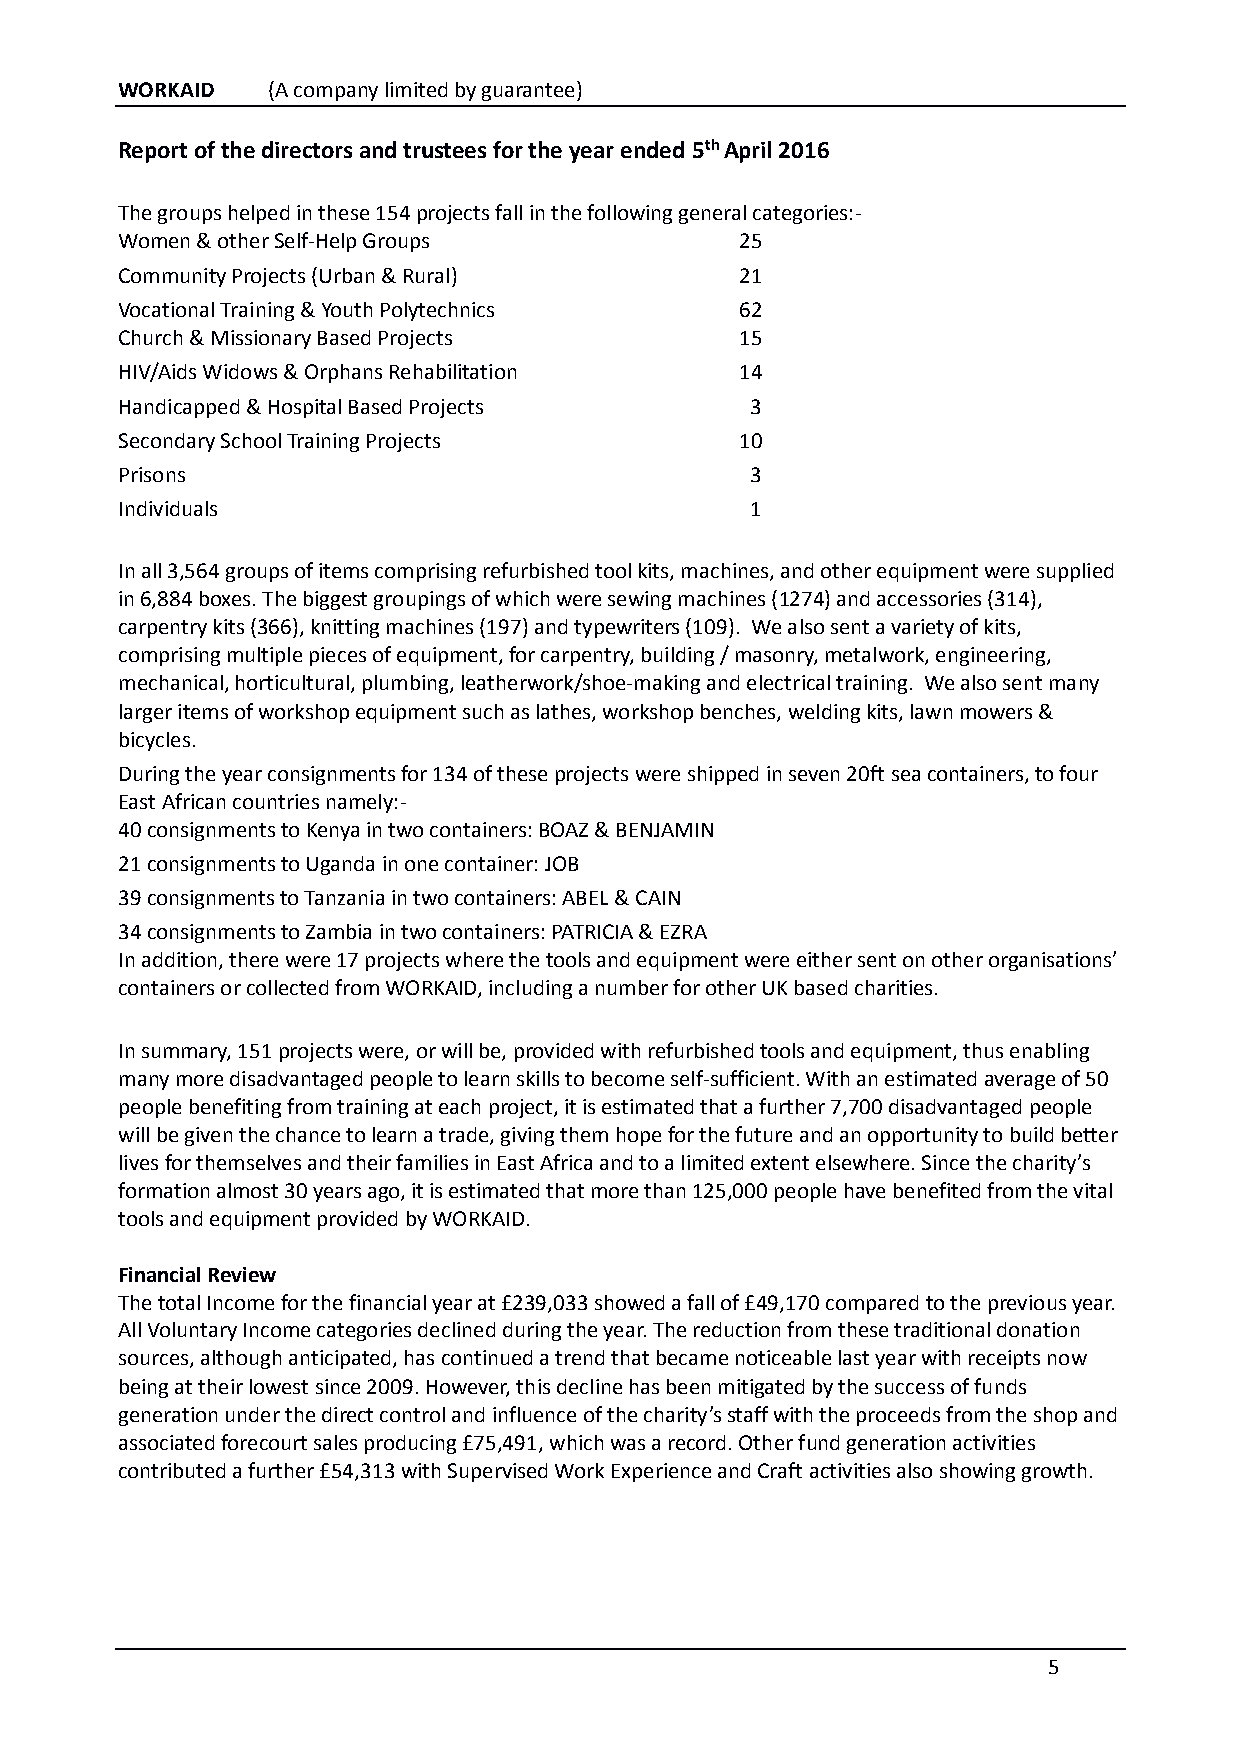
WORKAID   (A company limited by guarantee)
 Report of the directors and trustees for the year ended 5th April 2016
 The groups helped in these 154 projects fall in the following general categories:-
 Women & other Self-Help Groups           25
 Community Projects (Urban & Rural)       21
 Vocational Training & Youth Polytechnics 62
 Church & Missionary Based Projects       15
 HIV/Aids Widows & Orphans Rehabilitation 14
 Handicapped & Hospital Based Projects     3
 Secondary School Training Projects       10
 Prisons                                   3
 Individuals                               1
 In all 3,564 groups of items comprising refurbished tool kits, machines, and other equipment were supplied
 in 6,884 boxes. The biggest groupings of which were sewing machines (1274) and accessories (314),
 carpentry kits (366), knitting machines (197) and typewriters (109). We also sent a variety of kits,
 comprising multiple pieces of equipment, for carpentry, building / masonry, metalwork, engineering,
 mechanical, horticultural, plumbing, leatherwork/shoe-making and electrical training. We also sent many
 larger items of workshop equipment such as lathes, workshop benches, welding kits, lawn mowers &
 bicycles.
 During the year consignments for 134 of these projects were shipped in seven 20ft sea containers, to four
 East African countries namely:-
 40 consignments to Kenya in two containers: BOAZ & BENJAMIN
 21 consignments to Uganda in one container: JOB
 39 consignments to Tanzania in two containers: ABEL & CAIN
 34 consignments to Zambia in two containers: PATRICIA & EZRA
 In addition, there were 17 projects where the tools and equipment were either sent on other organisations’
 containers or collected from WORKAID, including a number for other UK based charities.
 In summary, 151 projects were, or will be, provided with refurbished tools and equipment, thus enabling
 many more disadvantaged people to learn skills to become self-sufficient. With an estimated average of 50
 people benefiting from training at each project, it is estimated that a further 7,700 disadvantaged people
 will be given the chance to learn a trade, giving them hope for the future and an opportunity to build better
 lives for themselves and their families in East Africa and to a limited extent elsewhere. Since the charity’s
 formation almost 30 years ago, it is estimated that more than 125,000 people have benefited from the vital
 tools and equipment provided by WORKAID.
 Financial Review
 The total Income for the financial year at £239,033 showed a fall of £49,170 compared to the previous year.
 All Voluntary Income categories declined during the year. The reduction from these traditional donation
 sources, although anticipated, has continued a trend that became noticeable last year with receipts now
 being at their lowest since 2009. However, this decline has been mitigated by the success of funds
 generation under the direct control and influence of the charity’s staff with the proceeds from the shop and
 associated forecourt sales producing £75,491, which was a record. Other fund generation activities
 contributed a further £54,313 with Supervised Work Experience and Craft activities also showing growth.
 5